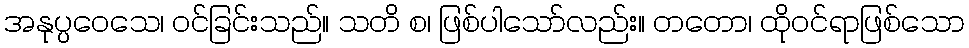
အနုပ္ပဝေသေ၊ ဝင်ခြင်းသည်။ သတိ စ၊ ဖြစ်ပါသော်လည်း။ တတော၊ ထိုဝင်ရာဖြစ်သော